Scottish Certificate of Education, 1963
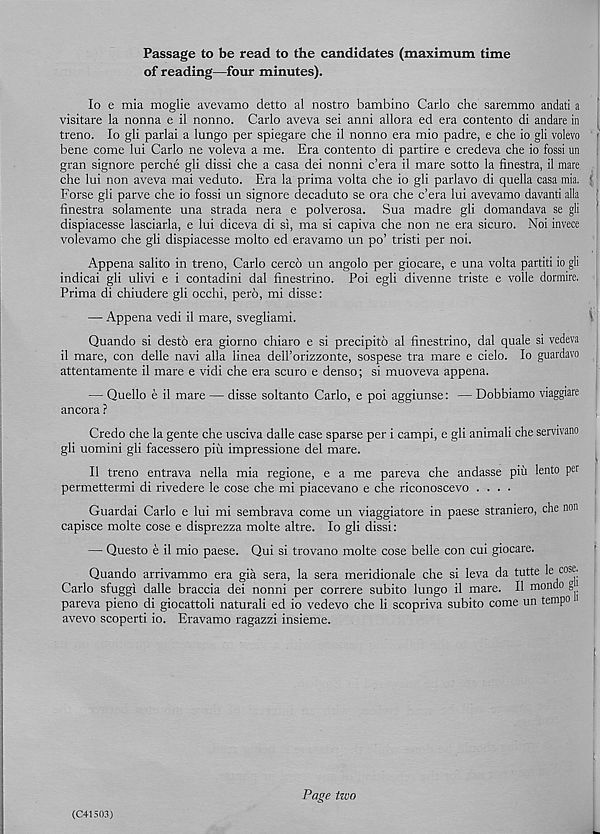
Passage to be read to the candidates (maximum time
of reading—four minutes).
10 e mia moglie avevamo detto al nostro bambino Carlo che saremmo andati a
visitare la nonna e 11 nonno. Carlo aveva sei anni allora ed era contento di andare in
treno. lo gli parlai a lungo per spiegare che il nonno era mio padre, e che io gli volevo
bene come lui Carlo ne voleva a me. Era contento di partire e credeva che io fossi un
gran signore perche gli dissi che a casa dei nonni c’era il mare sotto la finestra, il mare
che lui non aveva mai veduto. Era la prima volta che io gli parlavo di quella casa mia. >
Forse gli parve che io fossi un signore decaduto se ora che c’era lui avevamo davanti alia
finestra solamente una strada nera e polverosa. Sua madre gli domandava se gli
dispiacesse lasciarla, e lui diceva di si, ma si capiva che non ne era sicuro. Noi invece
volevamo che gli dispiacesse molto ed eravamo un po’ tristi per noi.
Appena salito in treno, Carlo cerco un angolo per giocare, e una volta partiti io gli
indicai gli ulivi e i contadini dal finestrino. Poi egli divenne triste e voile dormire.
Prima di chiudere gli occhi, pero, mi disse:
— Appena vedi il mare, svegliami.
Quando si desto era giorno chiaro e si precipito al finestrino, dal quale si vedeva
il mare, con delle navi alia linea deU’orizzonte, sospese tra mare e cielo. lo guardavo
attentamente il mare e vidi che era scuro e denso; si muoveva appena.
— Quello e il mare — disse soltanto Carlo, e poi aggiunse: — Dobbiamo viaggiare
ancora ?
Credo che la gente che usciva dalle case sparse per i campi, e gli animali che servivano
gli uomini gli facessero piu impressione del mare.
11 treno entrava nella mia regione, e a me pareva che andasse piu lento per
permettermi di rivedere le cose che mi piacevano e che riconoscevo ....
Guardai Carlo e lui mi sembrava come un viaggiatore in paese straniero, che non
capisce molte cose e disprezza molte altre. lo gli dissi:
— Questo e il mio paese. Qui si trovano molte cose belle con cui giocare.
Quando arrivammo era gia sera, la sera meridionale che si leva da tutte l e c0Sl j:
Carlo sfuggi dalle braccia dei nonni per correre subito lungo il mare. Il mondo g j
pareva pieno di giocattoli naturali ed io vedevo che li scopriva subito come un tempo i
avevo scoperti io. Eravamo ragazzi insieme.
(C41503)
Page two